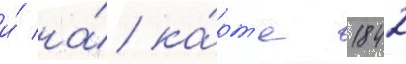
и́ на́ ка́рт'е 1842